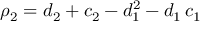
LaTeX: \rho _ { 2 } = d _ { 2 } + c _ { 2 } - d _ { 1 } ^ { 2 } - d _ { 1 } \, c _ { 1 }